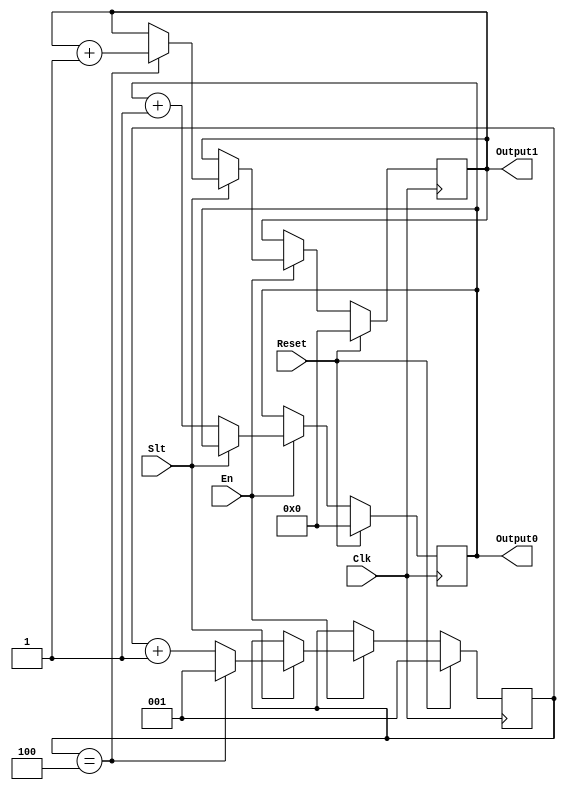
module code (
    input Clk,
    input Reset,
    input Slt,
    input En,
    output reg [63:0] Output0,
    output reg [63:0] Output1 
);
    reg [2:0] cnt1;//register1
    always@(posedge Clk)
    begin
        if(Reset)
        begin
          Output0<=64'b0;
          Output1<=64'b0;
          cnt1<=3'b001;//10 +1
        end
        else //12
        begin
        if(En)
        begin
            if(Slt)
            begin
               cnt1<=cnt1+1;
               if(cnt1==3'b100)
               begin
                Output1<=Output1+1;
                cnt1<=3'b001;
               end
               else
               begin
                Output1<=Output1;
               end
            end
            else
            begin
               Output0<=Output0+1;
            end
        end
        else 
        begin
            Output0<=Output0;
            Output1<=Output1;
        end
        end
    end
endmodule